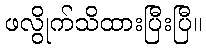
ဖလွိုက်သိထားပြီးပြီ။